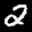
Label: 2